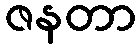
ဇနတာ